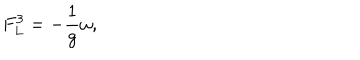
LaTeX: F _ { L } ^ { 3 } = - \frac { 1 } { g } \omega ,